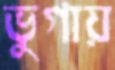
ভুগায়